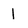
Character: 1